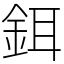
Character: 鉺